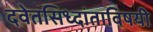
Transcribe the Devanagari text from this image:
दवेतसिध्दांताविषयी